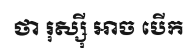
ថា រុស្ស៊ី អាច បើក